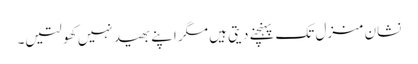
نشان منزل تک پہنچنے دیتی ہیں مگر اپنے بھید نہیں کھولتیں۔